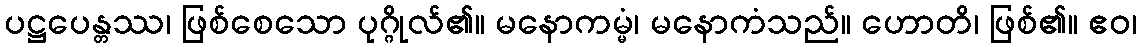
ပဋ္ဌပေန္တဿ၊ ဖြစ်စေသော ပုဂ္ဂိုလ်၏။ မနောကမ္မံ၊ မနောကံသည်။ ဟောတိ၊ ဖြစ်၏။ ဧဝ၊